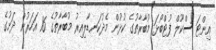
އިންޓަ ސްކޫލް ފުޓްބޯޅަ މުބާރާތުގެ ކުޅުން މެދުކަނޑާލިއިރު މުބާރާތުގެ 16 އަހަރުން ދަށުގެ